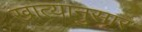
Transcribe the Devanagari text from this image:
खात्यानुसार